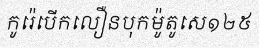
កូរ៉េបើកលឿនបុកម៉ូតូសេ១២៥